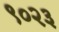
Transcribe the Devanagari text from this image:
९०२३